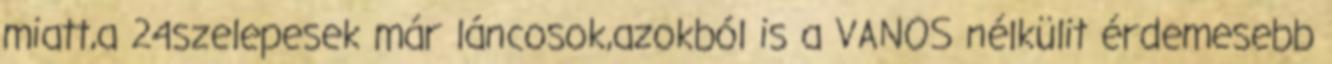
miatt,a 24szelepesek már láncosok,azokból is a VANOS nélkülit érdemesebb